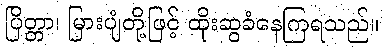
ပြိတ္တာ၊ မြားပျံတို့ဖြင့် ထိုးဆွခံနေကြရသည်။